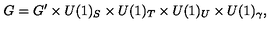
G = G ^ { \prime } \times U ( 1 ) _ { S } \times U ( 1 ) _ { T } \times U ( 1 ) _ { U } \times U ( 1 ) _ { \gamma } ,